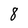
Character: 8